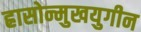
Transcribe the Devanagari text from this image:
ह्रासोन्मुखयुगीन